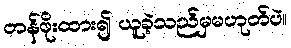
တန်ဖိုးထား၍ ယူခဲ့သည်မှမဟုတ်ပဲ။